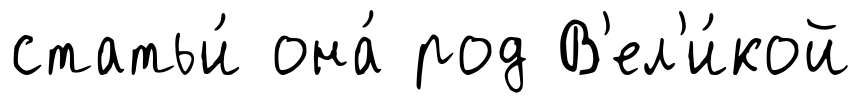
статьи́ она́ род В'ел'и́кой